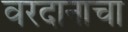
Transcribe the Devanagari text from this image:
वरदानाचा